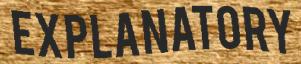
EXPLANATORY